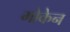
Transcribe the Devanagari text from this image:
मोकेन